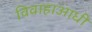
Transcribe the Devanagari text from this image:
विवाहाआधी